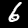
Label: 6